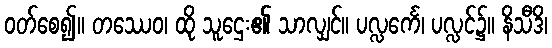
ဝတ်စေ၍။ တဿေဝ၊ ထို သူဌေး၏ သာလျှင်။ ပလ္လင်္ကေ၊ ပလ္လင်၌။ နိသီဒိ၊